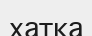
хатка